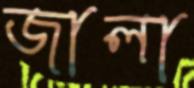
জালা